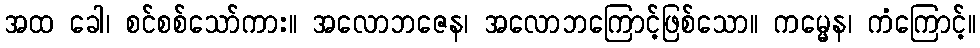
အထ ခေါ၊ စင်စစ်သော်ကား။ အလောဘဇေန၊ အလောဘကြောင့်ဖြစ်သော။ ကမ္မေန၊ ကံကြောင့်။